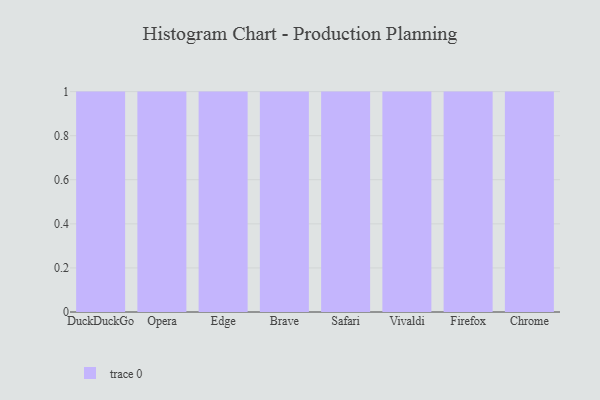
{"axis": {"x": "Browser", "y": "Waste Production (Tons)"}, "legend": [""], "data": [{"x": "DuckDuckGo", "y": 88, "type": ""}, {"x": "Opera", "y": 98, "type": ""}, {"x": "Edge", "y": 61, "type": ""}, {"x": "Brave", "y": 92, "type": ""}, {"x": "Safari", "y": 25, "type": ""}, {"x": "Vivaldi", "y": 100, "type": ""}, {"x": "Firefox", "y": 91, "type": ""}, {"x": "Chrome", "y": 7, "type": ""}]}